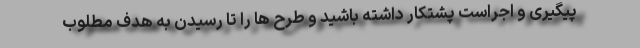
پیگیری و اجراست پشتکار داشته باشید و طرح ها را تا رسیدن به هدف مطلوب